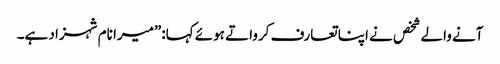
آنے والے شخص نے اپنا تعارف کرواتے ہوئے کہا:”میرا نام شہزاد ہے۔